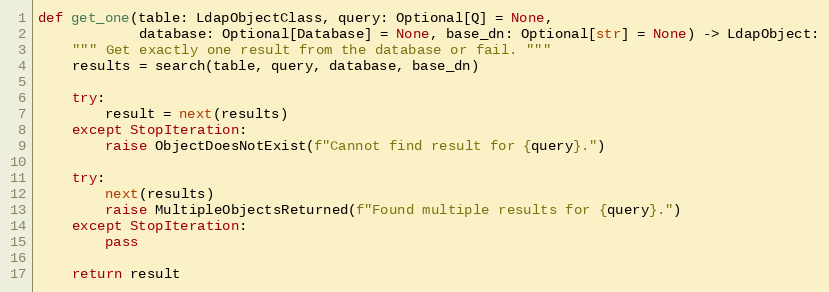
Language: Python
def get_one(table: LdapObjectClass, query: Optional[Q] = None,
            database: Optional[Database] = None, base_dn: Optional[str] = None) -> LdapObject:
    """ Get exactly one result from the database or fail. """
    results = search(table, query, database, base_dn)

    try:
        result = next(results)
    except StopIteration:
        raise ObjectDoesNotExist(f"Cannot find result for {query}.")

    try:
        next(results)
        raise MultipleObjectsReturned(f"Found multiple results for {query}.")
    except StopIteration:
        pass

    return result